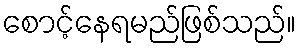
စောင့်နေရမည်ဖြစ်သည်။